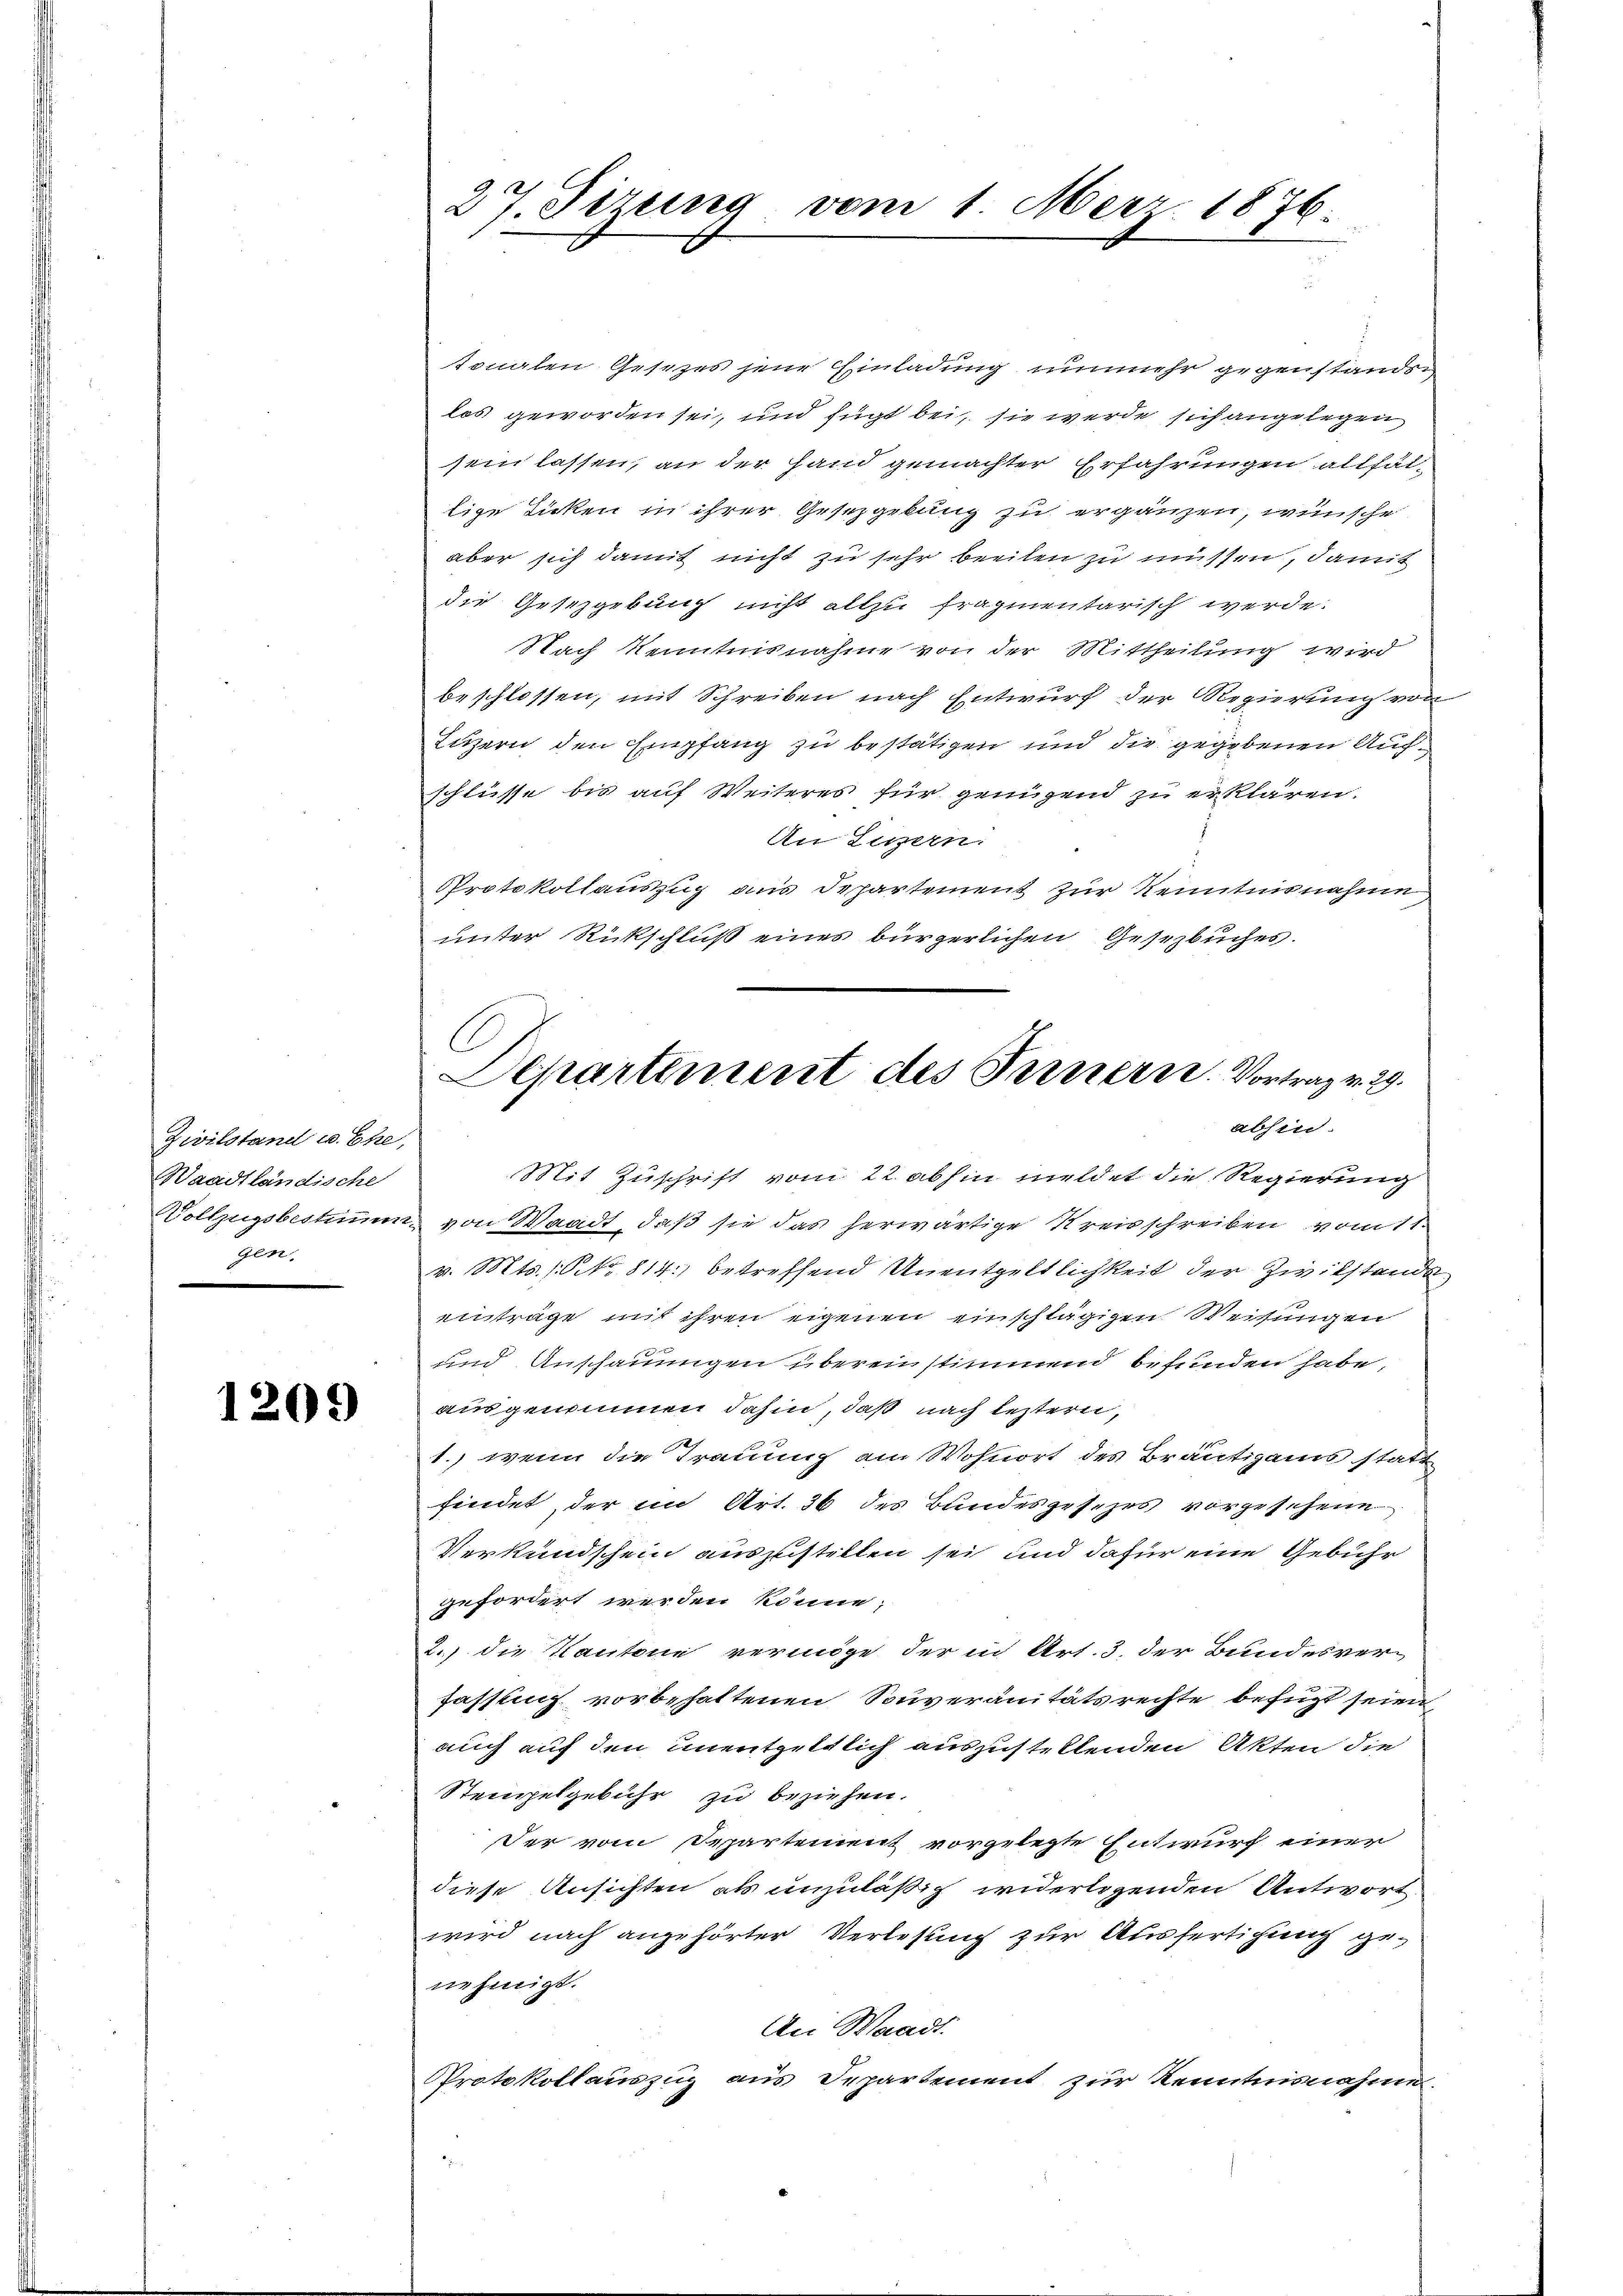
Zivilstand u. Ehe,
Waadtländische
gen.

1209

27. Sizung vom 1. Merz 1876.

sonalen Gesezes jene Einladung nunmehr gegenstande
los geworden sei, und fügt bei, sie werde sich angelegen
sein lassen, an der Hand gemachter Erfahrungen allhät-
lige Licken in ihrer Gesetzgebung zu ergänzen, wünsche
aber sich damit nicht zu sehr beeilen zu müssen, damit
die Gesetzgebung nicht allzu fragmentarisch werde.
Nach Kenntnisnahme von der Mittheilung wird
beschlossen, mit Schreiben nach Entwurf der Regierung von
Luzern den Empfang zu bestätigen und die gegebenen Auf¬
Schlüsse bis auf Weiteres für genügend zu erklären.
An Lisern.
Protokollauszug aus Departement zur Kenntnisnahme
unter Rückschluß eines bürgerlichen Gesetzbuches.

A
Departement des Fernern. Vortrag v. 29.
absin.

Mit Zuschrift vom 22. abhin meldet die Regierung
Vollzugsbestimum von Waadt, daß sie das herwärtige Kreisschreiben vom 11.
v. Mts. 1. No. 814. betreffend Unentgeltlichkeit der Zivilstande
einträge mit ihren eigenen einschlägigen Weisungen
und Anschauungen überen stimmen befunden habe,
ausgenommen dahin, daß nach leztern,
1.) wenn die Trauung am Wohnort des Bräutigams statt
findet, der im Art. 36 des Bundesgesezes vorgesehene
Verkundschein auszustellen sei und dafür eine Gebühr
gefordert werden könne;
2.) die Kantone vermöge der in Art. 3, der Bundesverfassung vorbehaltenen Souveranitätsrechte befügt seien
auch auf den unentgeltlich auszustellenden Akten die
Stempelgebühr zu beziehen.
Der vom Separtement vorgelegte Entwurf einer
diese Ansichten als unzuläßig widerligenden Antwort
wird nach angehörter Verlesung zur Ausfertigung genehmigt.
An Waadt.
Protokollauszug aus Departement zur Kenntnisnahme